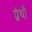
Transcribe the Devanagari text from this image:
ग्रंथौं